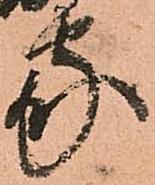
家